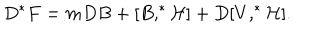
LaTeX: D ^ { * } F = m D B + [ B , ^ { * } { \cal H ] } + D [ V , ^ { * } { \cal H } ] .